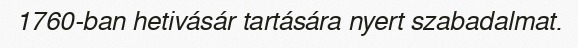
1760-ban hetivásár tartására nyert szabadalmat.